Indian journal of veterinary science and animal husbandry - Volume 11,
Year: 1941
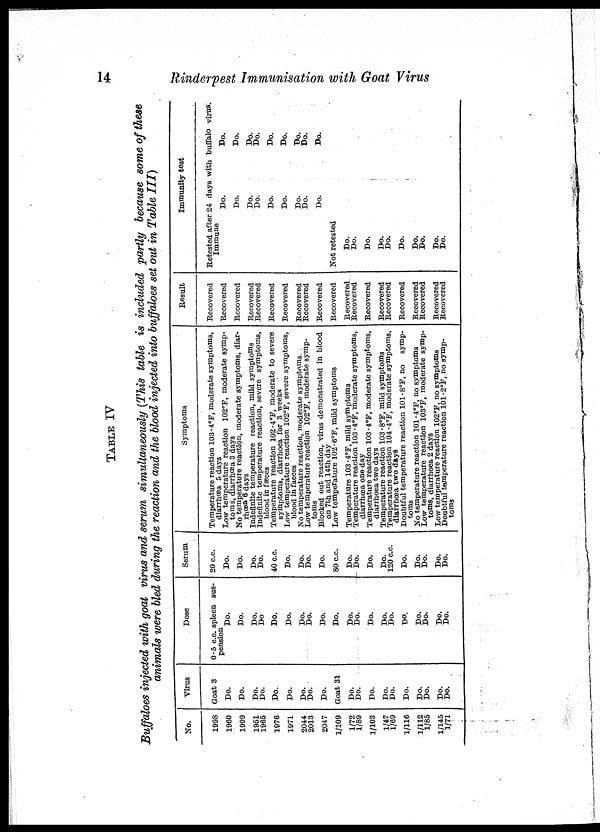
14
Rinderpest Immunisation with Goat Virus
TABLE IV
Buffaloes injected with goat virus and serum simultaneously (This table is included partly because some of these
animals were bled during the reaction and the blood injected into buffaloes set out in Table III)
No.
1998
1960
1999
1951
1965
1976
1971
2044
2013
2047
1/109
1/72
1/89
1/103
1/47
1/69
1/116
1/112
1/85
1/145
1/71
Virus
Goat 3
Do.
Do.
Do.
Do.
Do.
Do.
Do.
Do.
Do.
Goat 31
Do.
Do.
Do.
Do.
Do.
Do.
Do.
Do.
Do.
Do.
Dose
0.5 c.c. spleen sus-
pension
Do.
Do.
Do.
Do.
Do.
Do.
Do.
Do.
Do.
Do.
Do.
Do.
Do.
Do.
Do.
Do.
Do.
Do.
Do.
Do.
Serum
20 c.c.
Do.
Do.
Do.
Do.
40 c.c.
Do.
Do.
Do.
Do.
80 c.c.
Do.
Do.
Do.
Do.
120 c.c.
Do.
Do.
Do.
Do.
Do.
Symptoms
Temperature reaction 103 .4°F, moderate symptoms,
diarrhœa 5 days
Low temperature reaction 102°F, moderate symp-
toms, diarrhœa 3 days
No temperature reaction, moderate symptoms, diar¬
rhœa 6 days
Indefinite temperature reaction, mild symptoms
Indefinite temperature reaction, severe symptoms,
blood in faeces
Temperature reaction 102.4°F, moderate to severe
symptoms, diarrhoea for 3 weeks
Low temperature reaction 102°F, severe symptoms,
blood in faeces
No temperature reaction, moderate symptoms
Low temperature reaction 102°F, moderate symp¬
toms Blocked out reaction, virus demonstrated in blood
on 7th and 14th day
Low temperature 102.6°F, mild symptoms
Temperature 103.4°F, mild symptoms
Temperature reaction 103.4°F, moderate symptoms,
diarrhœa one day
Temperature reaction 103.4°F, moderate symptoms,
diarrhœa two days
Temperature reaction 103.8°F, mild symptoms
Temperature reaction 104.4°F, moderate symptoms,
diarrhœa two days
Doubtful temperature reaction 101.8°, no symp¬
toms No temperature reaction 101.4°F, no symptoms
Low temperature reaction 103°F, moderate symp-
toms, diarrhoea 2 days
Low temperature reaction 102°F, no symptoms
Doubtful temperature reaction 101.2°F, no symp-
toms
Result
Recovered
Recovered
Recovered
Recovered
Recovered
Recovered
Recovered
Recovered
Recovered
Recovered
Recovered
Recovered
Recovered
Recovered
Recovered
Recovered
Recovered
Recovered
Recovered
Recovered
Recovered
Immunity test
Retested after 24 days with buffalo virus.
Immune
Not retested
Do.
Do.
Do.
Do.
Do.
Do.
Do.
Do.
Do.
Do.
Do.
Do.
Do.
Do.
Do.
Do.
Do.
Do.
Do.
Do.
Do.
Do.
Do.
Do.
Do.
Do.
Do.
Do.